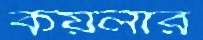
কয়লার